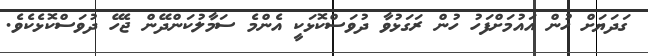
ގަދަޔަށް ހުން އައުމަށްފަހު ހުން ރަގަޅުވާ ދުވަސްކޮޅަކީ އެންމެ ސަމާލުކަންދޭން ޖެހޭ ދުވަސްކޮޅެކެވެ.